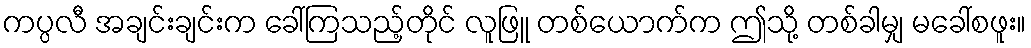
ကပ္ပလီ အချင်းချင်းက ခေါ်ကြသည့်တိုင် လူဖြူ တစ်ယောက်က ဤသို့ တစ်ခါမျှ မခေါ်စဖူး။